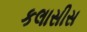
કલાસીસ